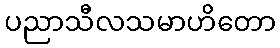
ပညာသီလသမာဟိတော